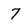
Character: 7